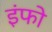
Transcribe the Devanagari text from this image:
इंफो